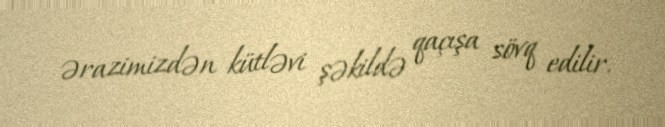
ərazimizdən kütləvi şəkildə qaçışa sövq edilir.